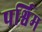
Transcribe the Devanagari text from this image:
पर्श्विम